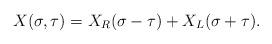
LaTeX: \begin{align*}X(\sigma,\tau)=X_R(\sigma-\tau)+X_L(\sigma+\tau).\end{align*}